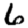
Digit: 6